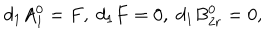
LaTeX: d _ { 1 } A _ { 1 } ^ { 0 } = F , \; d _ { 1 } F = 0 , \; d _ { 1 } B _ { 2 r } ^ { 0 } = 0 ,